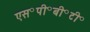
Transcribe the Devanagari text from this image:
एस॰पी॰बी॰टी॰